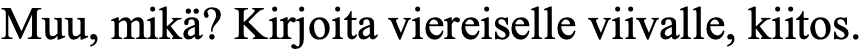
Muu, mikä? Kirjoita viereiselle viivalle, kiitos.